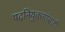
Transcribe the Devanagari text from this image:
पदनियुक्त्यांसाठी